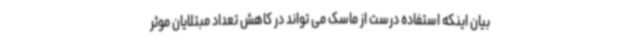
بیان اینکه استفاده درست از ماسک می تواند در کاهش تعداد مبتلایان موثر